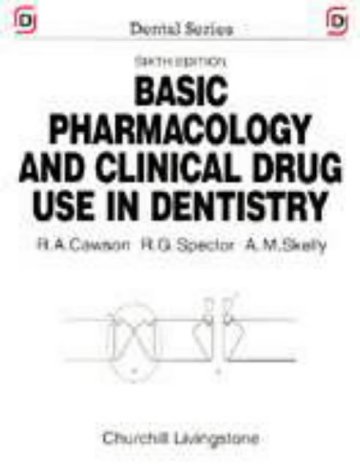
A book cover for Basic Pharmacology and Clinical Drug Use in Dentistry (Dental Series); Cawson; Medical Books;